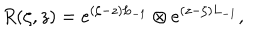
R ( \zeta , z ) = e ^ { ( \zeta - z ) L _ { - 1 } } \otimes e ^ { ( z - \zeta ) L _ { - 1 } } ,